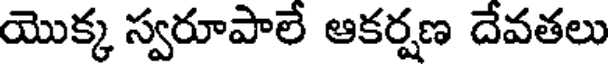
యొక్క స్వరూపాలే ఆకర్షణ దేవతలు